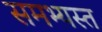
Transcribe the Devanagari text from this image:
समभ्यस्त